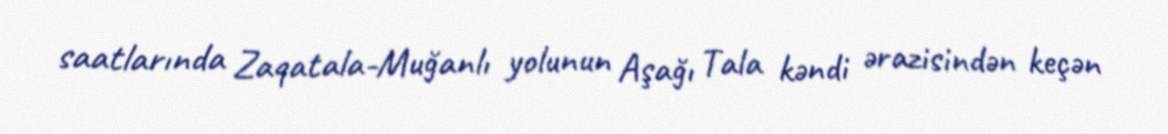
saatlarında Zaqatala-Muğanlı yolunun Aşağı Tala kəndi ərazisindən keçən